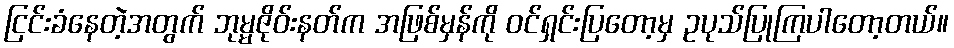
ငြင်းခံနေတဲ့အတွက် ဘုမ္မဇိုဝ်းနတ်က အဖြစ်မှန်ကို ဝင်ရှင်းပြတော့မှ ဥပုသ်ပြုကြပါတော့တယ်။